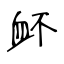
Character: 衃